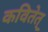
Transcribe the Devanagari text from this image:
कवितेत्